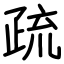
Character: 疏